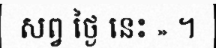
សព្វ ថ្ងៃ នេះ » ។